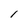
Character: l